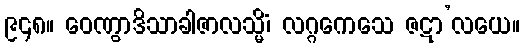
၉၄၈။ ဝေဏွာဒိသာခါဇာလသ္မိံ၊ လဂ္ဂကေသေ ဇဋာ’လယေ။